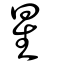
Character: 曐